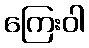
ကြေးဝါ